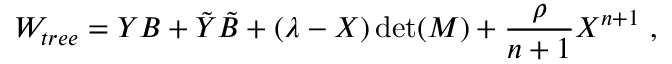
{ \cal W } _ { t r e e } = Y B + { \tilde { Y } } { \tilde { B } } + ( \lambda - X ) \operatorname * { d e t } ( M ) + { \frac { \rho } { n + 1 } } X ^ { n + 1 } ~ ,